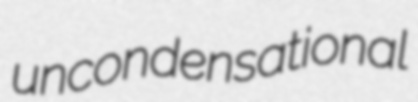
uncondensational